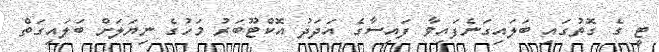
ޓީ ގެ ގޮތުގައި ބަލައިގަނެފައިވާ ފައިސާގެ އަދަދު އޮކްޓޫބަރު މަހުގެ ނިޔަލަށް ބަލައިގަތް